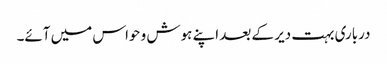
درباری بہت دیر کے بعد اپنے ہوش و حواس میں آئے۔